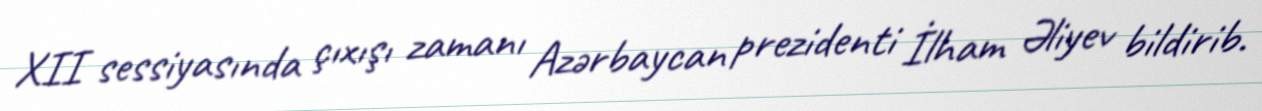
XII sessiyasında çıxışı zamanı Azərbaycan prezidenti İlham Əliyev bildirib.